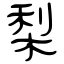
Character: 梨